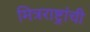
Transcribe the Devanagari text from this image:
मित्रराष्ट्रांची